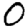
Digit: 0